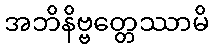
အဘိနိဗ္ဗတ္တေဿာမိ